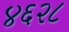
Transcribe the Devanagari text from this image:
४६२८